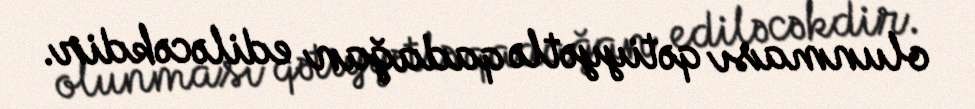
olunması qətiyyətlə qadağan ediləcəkdir.